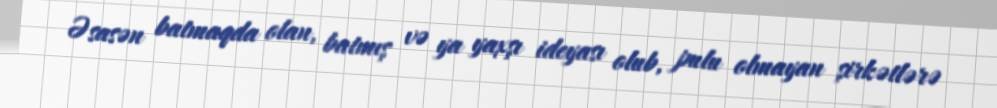
Əsasən batmaqda olan, batmış və ya yaxşı ideyası olub, pulu olmayan şirkətlərə